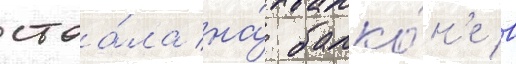
стоа́ла на́ балко́н'е в